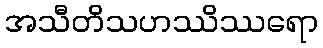
အသီတိသဟဿိဿရော